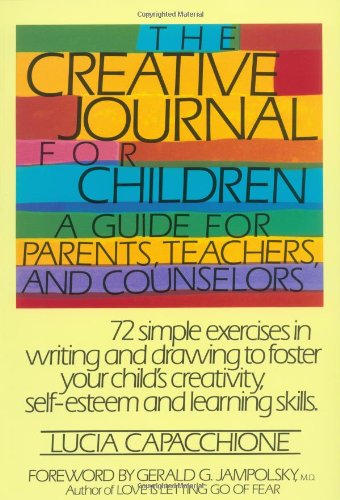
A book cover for The Creative Journal for Children A Guide for Parents, Teachers and Counselors; Lucia Capacchione; Health, Fitness & Dieting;